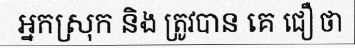
អ្នកស្រុក និង ត្រូវបាន គេ ជឿ ថា